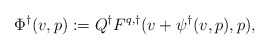
\begin{align*}\Phi^\dagger(v,p) := Q^\dagger F^{q,\dagger}(v + \psi^\dagger(v,p),p),\end{align*}